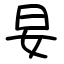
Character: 妟